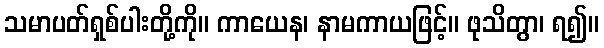
သမာပတ်ရှစ်ပါးတို့ကို။ ကာယေန၊ နာမကာယဖြင့်။ ဖုသိတွာ၊ ရ၍။